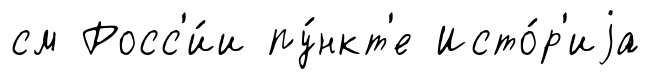
см Росс'и́и пу́нкт'е Исто́р'иjа